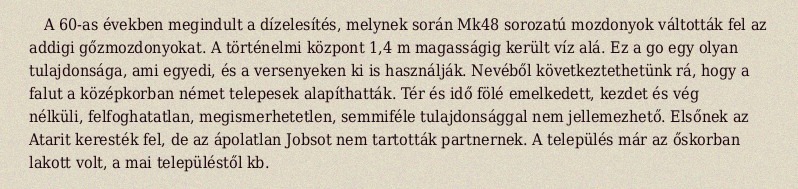
A 60-as években megindult a dízelesítés, melynek során Mk48 sorozatú mozdonyok váltották fel az addigi gőzmozdonyokat. A történelmi központ 1,4 m magasságig került víz alá. Ez a go egy olyan tulajdonsága, ami egyedi, és a versenyeken ki is használják. Nevéből következtethetünk rá, hogy a falut a középkorban német telepesek alapíthatták. Tér és idő fölé emelkedett, kezdet és vég nélküli, felfoghatatlan, megismerhetetlen, semmiféle tulajdonsággal nem jellemezhető. Elsőnek az Atarit keresték fel, de az ápolatlan Jobsot nem tartották partnernek. A település már az őskorban lakott volt, a mai településtől kb.